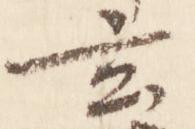
玄